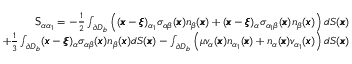
\begin{array} { r l r } & { } & { \mathsf { S } _ { \alpha \alpha _ { 1 } } = - \frac { 1 } { 2 } \int _ { \partial D _ { b } } \left( ( { \pmb x } - { \pmb \xi } ) _ { \alpha _ { 1 } } \sigma _ { \alpha \beta } ( { \pmb x } ) n _ { \beta } ( { \pmb x } ) + ( { \pmb x } - { \pmb \xi } ) _ { \alpha } \sigma _ { \alpha _ { 1 } \beta } ( { \pmb x } ) n _ { \beta } ( { \pmb x } ) \right) d S ( { \pmb x } ) } \\ & { } & { + \frac { 1 } { 3 } \int _ { \partial D _ { b } } ( { \pmb x } - { \pmb \xi } ) _ { \alpha } \sigma _ { \alpha \beta } ( { \pmb x } ) n _ { \beta } ( { \pmb x } ) d S ( { \pmb x } ) - \int _ { \partial D _ { b } } \left( \mu v _ { \alpha } ( { \pmb x } ) n _ { \alpha _ { 1 } } ( { \pmb x } ) + n _ { \alpha } ( { \pmb x } ) v _ { \alpha _ { 1 } } ( { \pmb x } ) \right) d S ( { \pmb x } ) } \end{array}